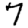
Digit: 7